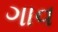
ગાવ